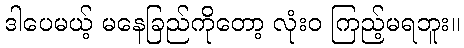
ဒါပေမယ့် မနေခြည်ကိုတော့ လုံးဝ ကြည့်မရဘူး။